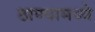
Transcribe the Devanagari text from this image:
ठाण्यामध्ये